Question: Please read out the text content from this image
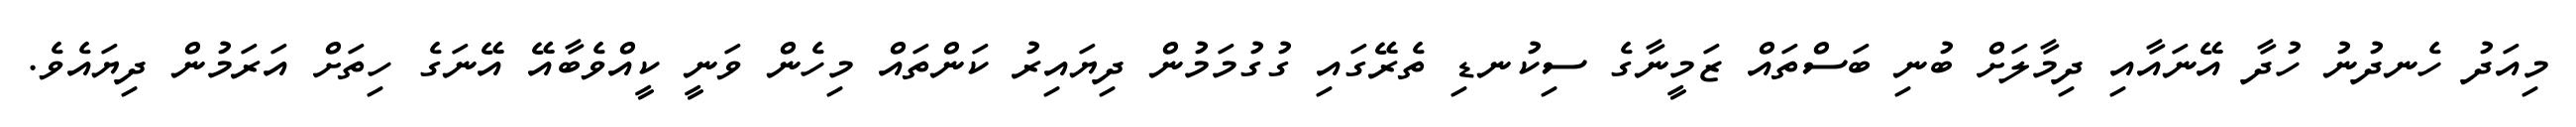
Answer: މިއަދު ހެނދުނު ހުދާ އޭނައާއި ދިމާލަށް ބުނި ބަސްތައް ޒަމީނާގެ ސިކުނޑި ތެރޭގައި ގުގުމަމުން ދިޔައިރު ކަންތައް މިހެން ވަނީ ކީއްވެބާއޭ އޭނަގެ ހިތަށް އަރަމުން ދިޔައެވެ.